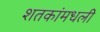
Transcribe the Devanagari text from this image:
शतकांमधली